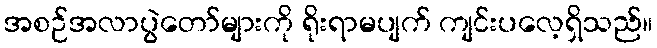
အစဉ်အလာပွဲတော်များကို ရိုးရာမပျက် ကျင်းပလေ့ရှိသည်။